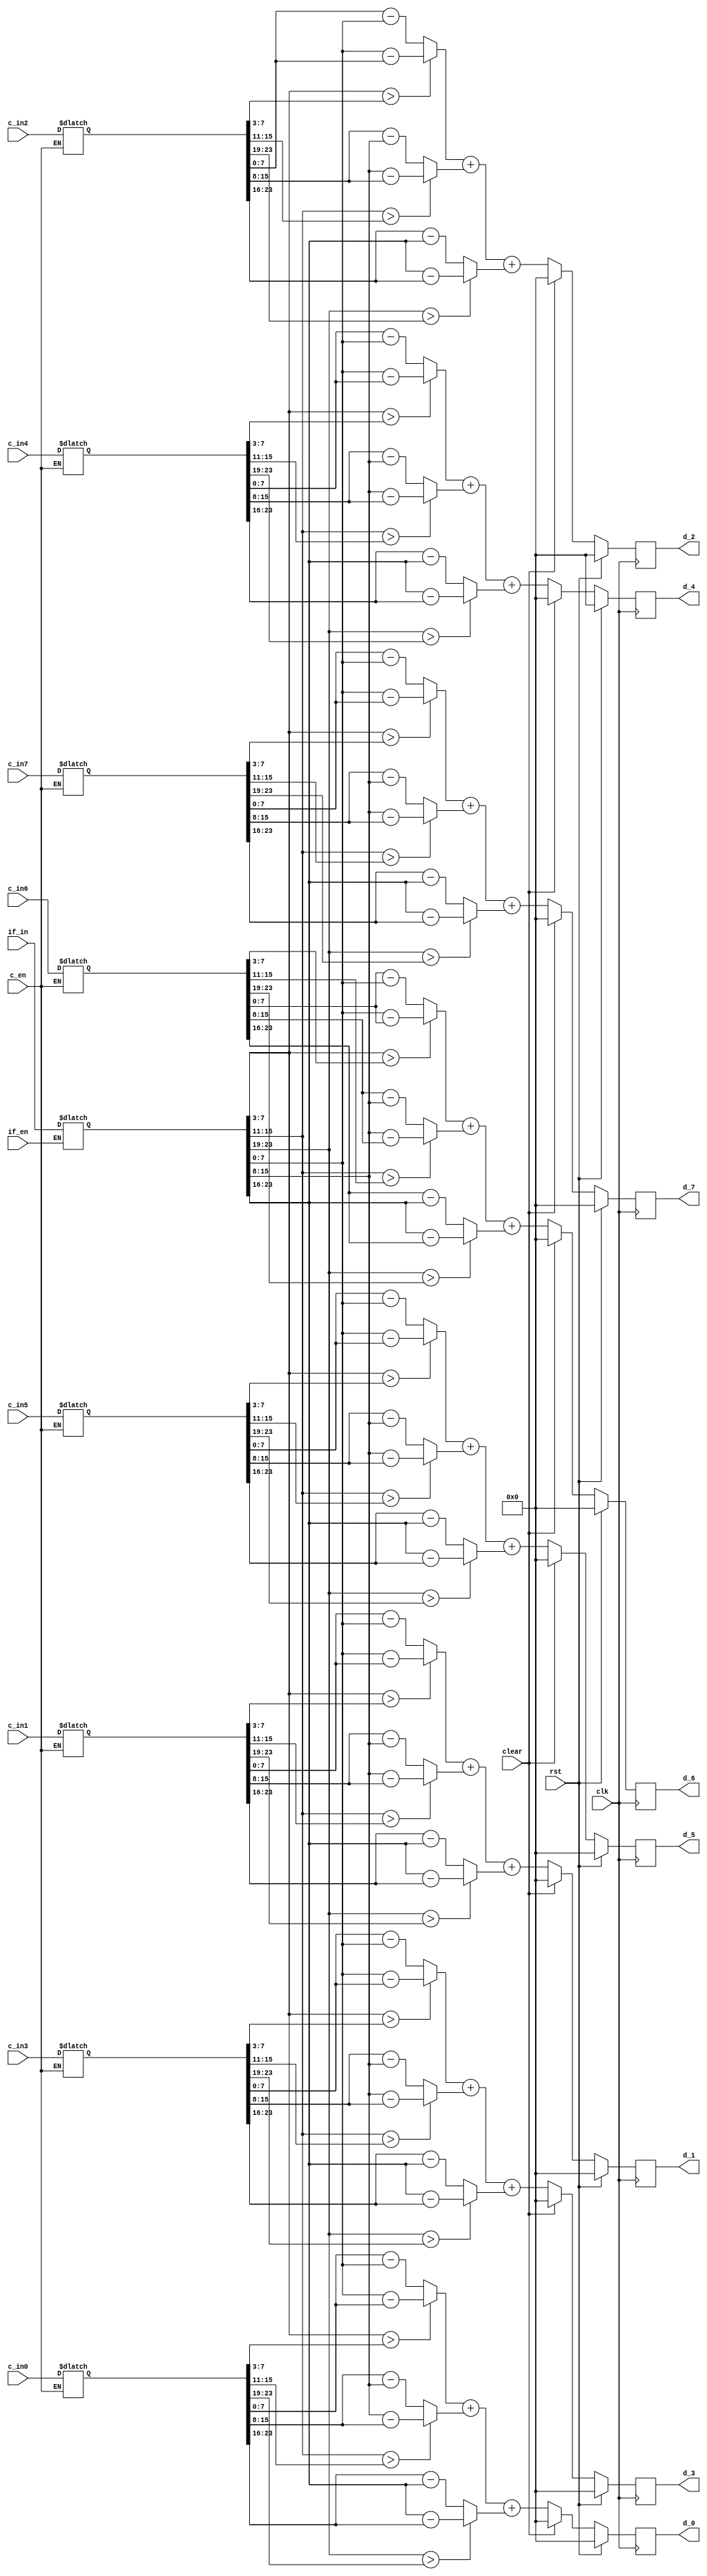
`timescale 1ns/10ps
`define RGB_DataSize 24
`define D_DataSize   10
// ---------------------- define ---------------------- //

module Manhattan(clk,
                                 rst,
                                 clear,
                                 c_en,
                                 if_en,
                                 c_in0,
                                 c_in1,
                                 c_in2,
                                 c_in3,
                                 c_in4,
                                 c_in5,
                                 c_in6,
                                 c_in7,
                                 if_in,
                                 d_0,
                                 d_1,
                                 d_2,
                                 d_3,
                                 d_4,
                                 d_5,
                                 d_6,
                                 d_7);

  // ---------------------- input  ---------------------- //
  input  clk;
  input  rst;
  input  clear;
  input  c_en;
  input  if_en;
  input  [`RGB_DataSize-1:0] c_in0, c_in1, c_in2, c_in3, c_in4, c_in5, c_in6, c_in7;
  input  [`RGB_DataSize-1:0] if_in;
  integer i;
  // ---------------------- output ---------------------- //
  output [`D_DataSize-1:0]   d_0, d_1, d_2, d_3, d_4, d_5, d_6, d_7;

  // ---------------------- Write down Your design below  ---------------------- //
  reg [`D_DataSize-1:0]   d_0, d_1, d_2, d_3, d_4, d_5, d_6, d_7;
  reg [`RGB_DataSize-1:0] temp[7:0];
  reg [`RGB_DataSize-1:0]ifin;
  reg [`RGB_DataSize-1:0]c_in[7:0];

  always@(posedge clk)begin
          if(rst)begin
                        d_0 <= 10'd0;
                        d_1 <= 10'd0;
                        d_2 <= 10'd0;
                        d_3 <= 10'd0;
                        d_4 <= 10'd0;
                        d_5 <= 10'd0;
                        d_6 <= 10'd0;
                        d_7 <= 10'd0;
                        for(i=0;i<8;i=i+1)begin
                                //temp[i] <= 24'd0;
                                //c_in[i] <= 24'd0;
                                //ifin <= 24'd0;
                        end
          end
          else begin
        if(clear)begin
                  d_0 <= 10'd0;
                  d_1 <= 10'd0;
                  d_2 <= 10'd0;
                  d_3 <= 10'd0;
                  d_4 <= 10'd0;
                  d_5 <= 10'd0;
                  d_6 <= 10'd0;
                  d_7 <= 10'd0;
                  for(i=0;i<8;i=i+1)begin
                          //temp[i] <= 24'd0;
                          //c_in[i] <= 24'd0;
                          //ifin <= 24'd0;
                  end
          end 
          else begin
                d_0 <= temp[0][7:0]+temp[0][15:8]+temp[0][23:16];
                d_1 <= temp[1][7:0]+temp[1][15:8]+temp[1][23:16];
                d_2 <= temp[2][7:0]+temp[2][15:8]+temp[2][23:16];
                d_3 <= temp[3][7:0]+temp[3][15:8]+temp[3][23:16];
                d_4 <= temp[4][7:0]+temp[4][15:8]+temp[4][23:16];
                d_5 <= temp[5][7:0]+temp[5][15:8]+temp[5][23:16];
                d_6 <= temp[6][7:0]+temp[6][15:8]+temp[6][23:16];
                d_7 <= temp[7][7:0]+temp[7][15:8]+temp[7][23:16];
          end   
  end  
  end
  
  always@(*)begin
   if(if_en)
                          ifin <= if_in;
                  else
                          ifin <= ifin;        
                  if(c_en)begin
                          c_in[0] <= c_in0;
                          c_in[1] <= c_in1;
                          c_in[2] <= c_in2;
                          c_in[3] <= c_in3;
                          c_in[4] <= c_in4;
                          c_in[5] <= c_in5;
                          c_in[6] <= c_in6;
                          c_in[7] <= c_in7;
                  end
                  else begin
                          c_in[0] <= c_in[0];
                          c_in[1] <= c_in[1];
                          c_in[2] <= c_in[2];
                          c_in[3] <= c_in[3];
                          c_in[4] <= c_in[4];
                          c_in[5] <= c_in[5];
                          c_in[6] <= c_in[6];
                          c_in[7] <= c_in[7];
                  end
         

  for(i=0;i<8;i=i+1)begin
          temp[i][7:0] <= (ifin[7:3]>c_in[i][7:3])?ifin[7:0]-c_in[i][7:0]:c_in[i][7:0]-ifin[7:0];
          temp[i][15:8] <= (ifin[15:11]>c_in[i][15:11])?ifin[15:8]-c_in[i][15:8]:c_in[i][15:8]-ifin[15:8];
          temp[i][23:16] <= (ifin[23:19]>c_in[i][23:19])?ifin[23:16]-c_in[i][23:16]:c_in[i][23:16]-ifin[23:16];
  end   
        
  end   
endmodule